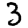
Digit: 3